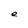
Character: e